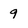
Character: 9